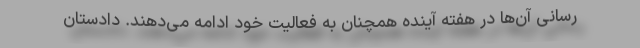
رسانی آن‌ها در هفته آینده همچنان به فعالیت خود ادامه می‌دهند. دادستان